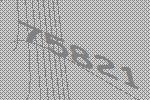
75821